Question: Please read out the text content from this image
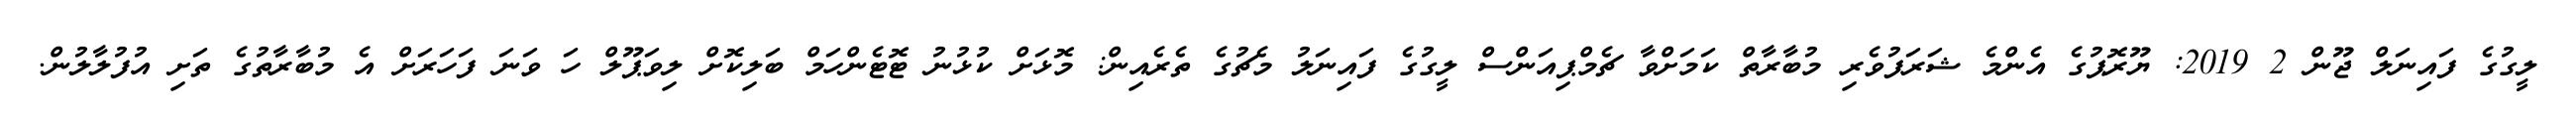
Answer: ލީގުގެ ފައިނަލް ޖޫން 2 2019: ޔޫރޮޕުގެ އެންމެ ޝަރަފުވެރި މުބާރާތް ކަމަށްވާ ޗެމްޕިއަންސް ލީގުގެ ފައިނަލު މެޗުގެ ތެރެއިން: މޮޅަށް ކުޅުނު ޓޮޓެންހަމް ބަލިކޮށް ލިވަޕޫލް ހަ ވަނަ ފަހަރަށް އެ މުބާރާތުގެ ތަށި އުފުލާލުން.